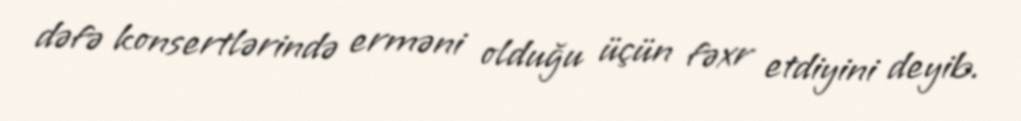
dəfə konsertlərində erməni olduğu üçün fəxr etdiyini deyib.